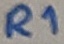
Text: R1